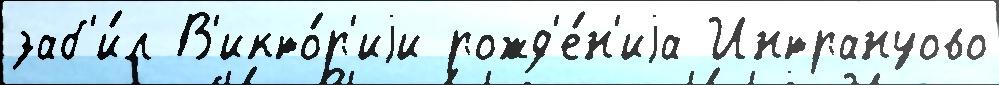
заб'и́л В'икто́р'иjи рожд'е́н'иjа Интрануово